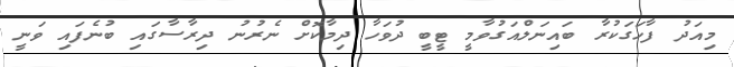
މިއަދު ފާހަގަކުރާ ބައިނަލްއަގުވާމީ ޓީބީ ދުވަހާ ދިމާކޮށް ނެރުނު ދިރާސާގައި ބުނެފައި ވަނީ